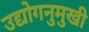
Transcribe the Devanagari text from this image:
उद्योगनुमुखी